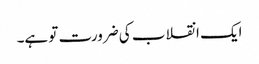
ایک انقلاب کی ضرورت تو ہے۔